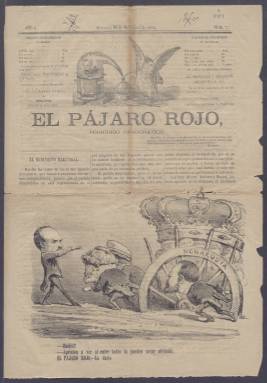
Título: El Pájaro rojo
Colección: Periódicos || Revistas satíricas y humorísticas
Ámbito geográfico: Madrid
Lugar de publicación: Madrid
Fechas: 18/11/1868-30/12/1868